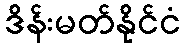
ဒိန်းမတ်နိုင်ငံ